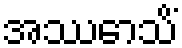
အဿောသိံ